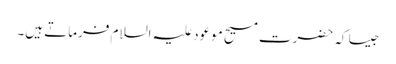
جیسا کہ حضرت مسیح موعود علیہ السلام فرماتے ہیں۔